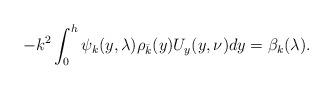
LaTeX: \begin{align*}-k^2 \int_0^h \psi_k(y,\lambda) \rho_{\bar k}(y) U_y(y, \nu) dy=\beta_k(\lambda).\end{align*}